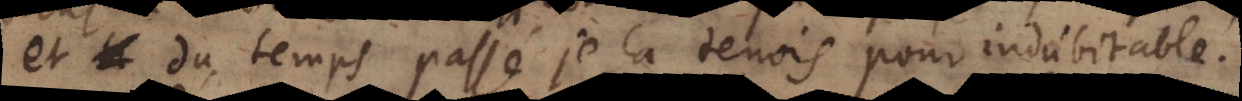
et du temps passé je la tenois pour indubitable.